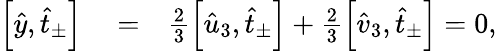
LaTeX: \begin{array}{rlr}{\left[\hat{y},\hat{t}_{\pm}\right]}&{{}=}&{\frac{2}{3}\left[\hat{u}_{3},\hat{t}_{\pm}\right]+\frac{2}{3}\left[\hat{v}_{3},\hat{t}_{\pm}\right]=0,}\end{array}